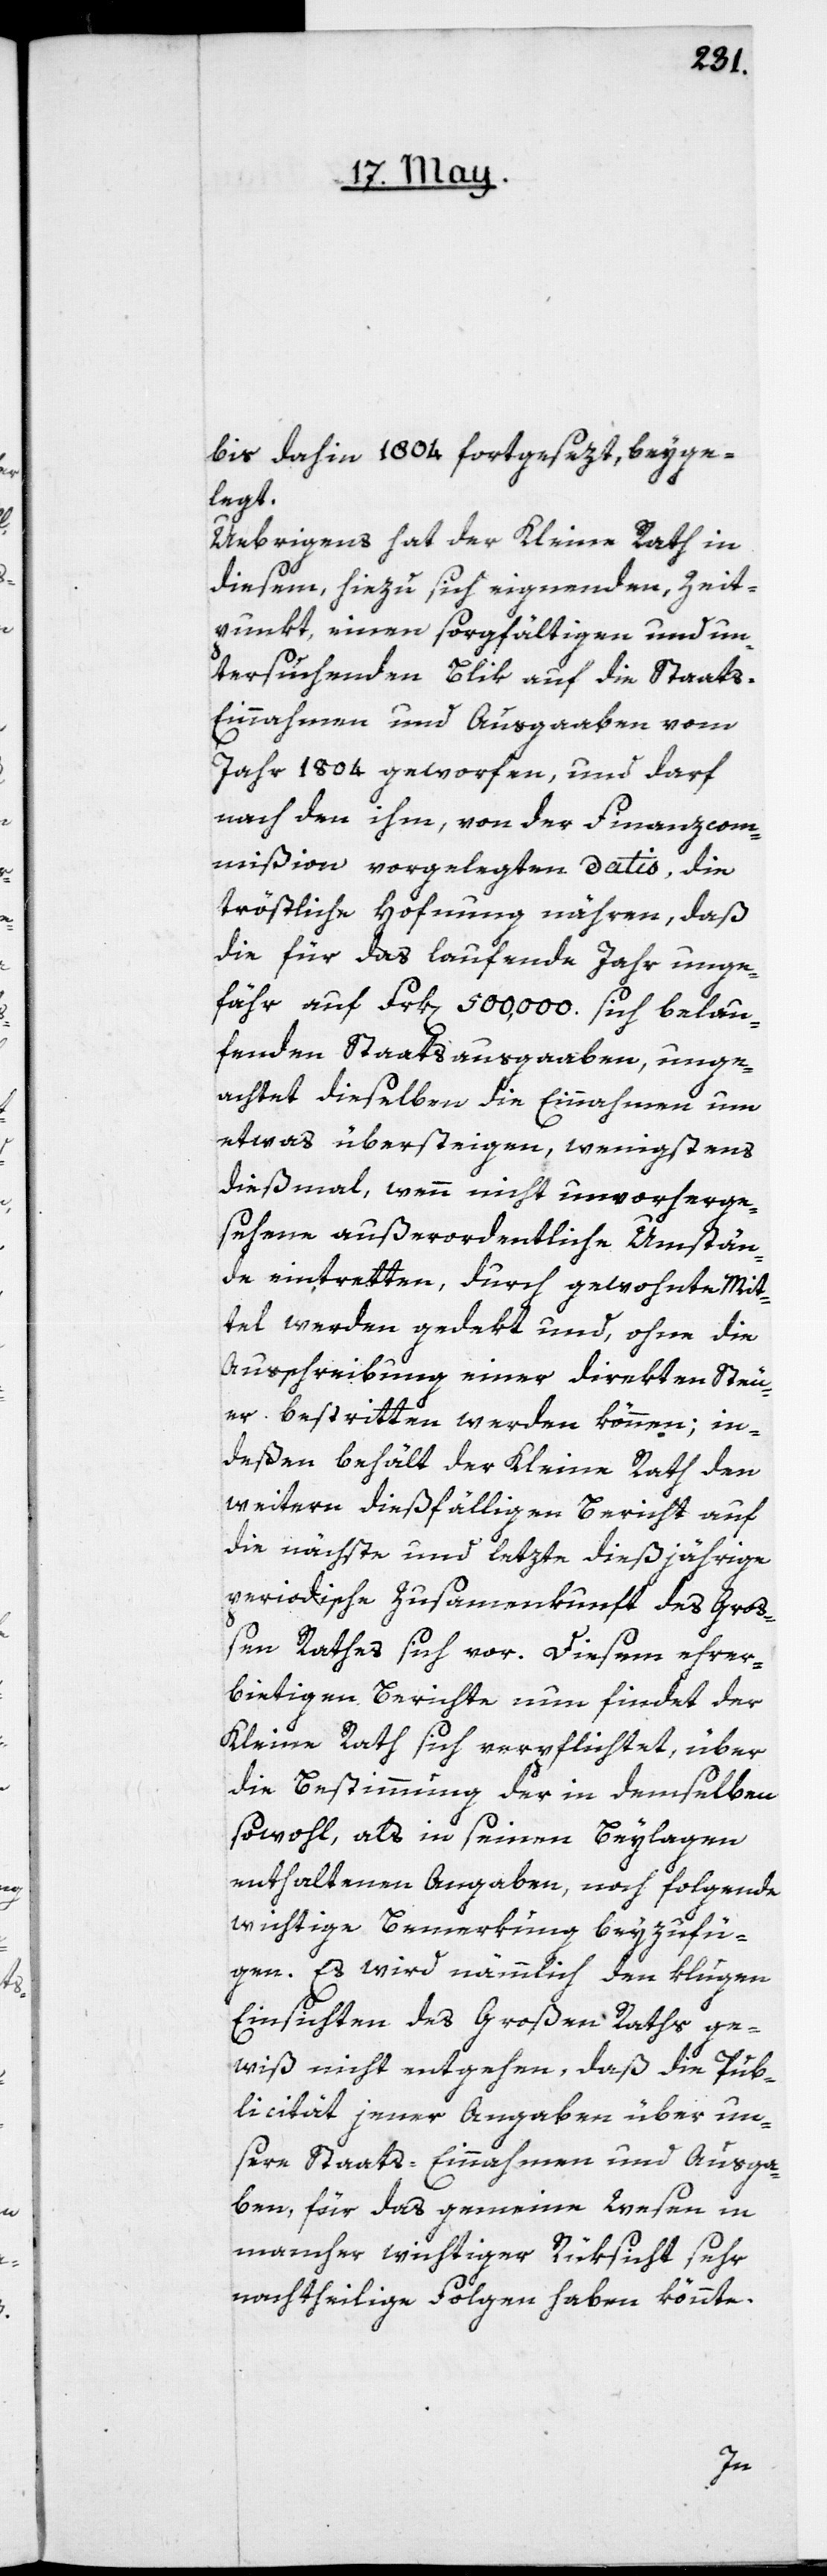
bis dahin 1804 fortgesezt, beyge¬
legt.
Uebrigens hat der Kleine Rath in
diesem, hiezu sich eignenden, Zeit¬
punkt, einen sorgfältigen und un¬
tersuchenden Blik auf die Staat¬
s-Einnahmen und Ausgaben vom
Jahr 1804 geworfen, und darf
nach den ihm, von der Finanzcom¬
mißion vorgelegten Datis, die
tröstliche Hofnung nähren, daß
die für das laufende Jahr unge¬
fähr auf Frk[en]. 500,000 sich belau¬
fenden Staatsausgaben, unge¬
achtet dieselben die Einnahmen um
etwas übersteigen, wenigstens
dießmal, wenn nicht unvorherge¬
sehene außerordentliche Umstän¬
de eintretten, durch gewohnte Mit¬
tel werden gedekt und ohne die
Ausschreibung einer direkten Steu¬
er bestritten werden können; in¬
deßen behält der Kleine Rath den
weitern dießfälligen Bericht auf
die nächste und lezte dießjährige
periodische Zusammenkunft des Groß¬
en Rathes sich vor. Diesem ehrer¬
bietigen Berichte nun findet der
Kleine Rath sich verpflichtet, über
die Bestimmung der in demselben
sowohl, als in seinen Beylagen
enthaltenen Angaben, noch folgende
wichtige Bemerkung beyzufü¬
gen. Es wird nämmlich den klugen
Einsichten des Großen Raths ge¬
wiß nicht entgehen, daß die Pub¬
licität jener Angaben über un¬
sere Staats-Einnahmen und Ausga¬
ben, für das gemeine Wesen in
mancher wichtiger Rüksicht sehr
nachtheilige Folgen haben könnte.